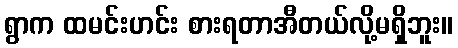
ရွာက ထမင်းဟင်း စားရတာအီတယ်လို့မရှိဘူး။